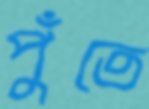
পুঁতে